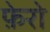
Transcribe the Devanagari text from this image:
फ़ेरो